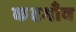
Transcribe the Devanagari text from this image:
कटगाँव